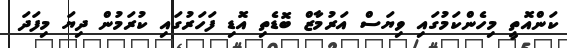
ކަންއޮތީ މިހެންކަމުގައި ވިޔަސް އަރުމާޒް ބޮޑެތި އޮޑި ފަހަރުގައި ކުރަމުން ދިޔަ މިފަދަ